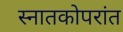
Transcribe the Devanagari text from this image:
स्नातकोपरांत